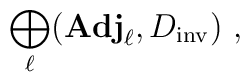
\bigoplus_\ell ({\bf Adj}_\ell, D_{\rm inv})~,